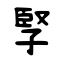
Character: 孯